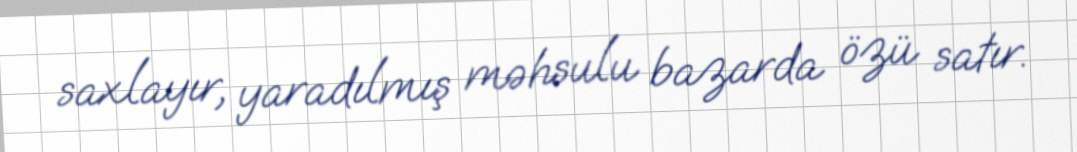
saxlayır, yaradılmış məhsulu bazarda özü satır.